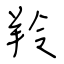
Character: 羚